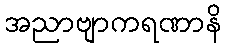
အညာဗျာကရဏာနိ